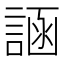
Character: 𬢲